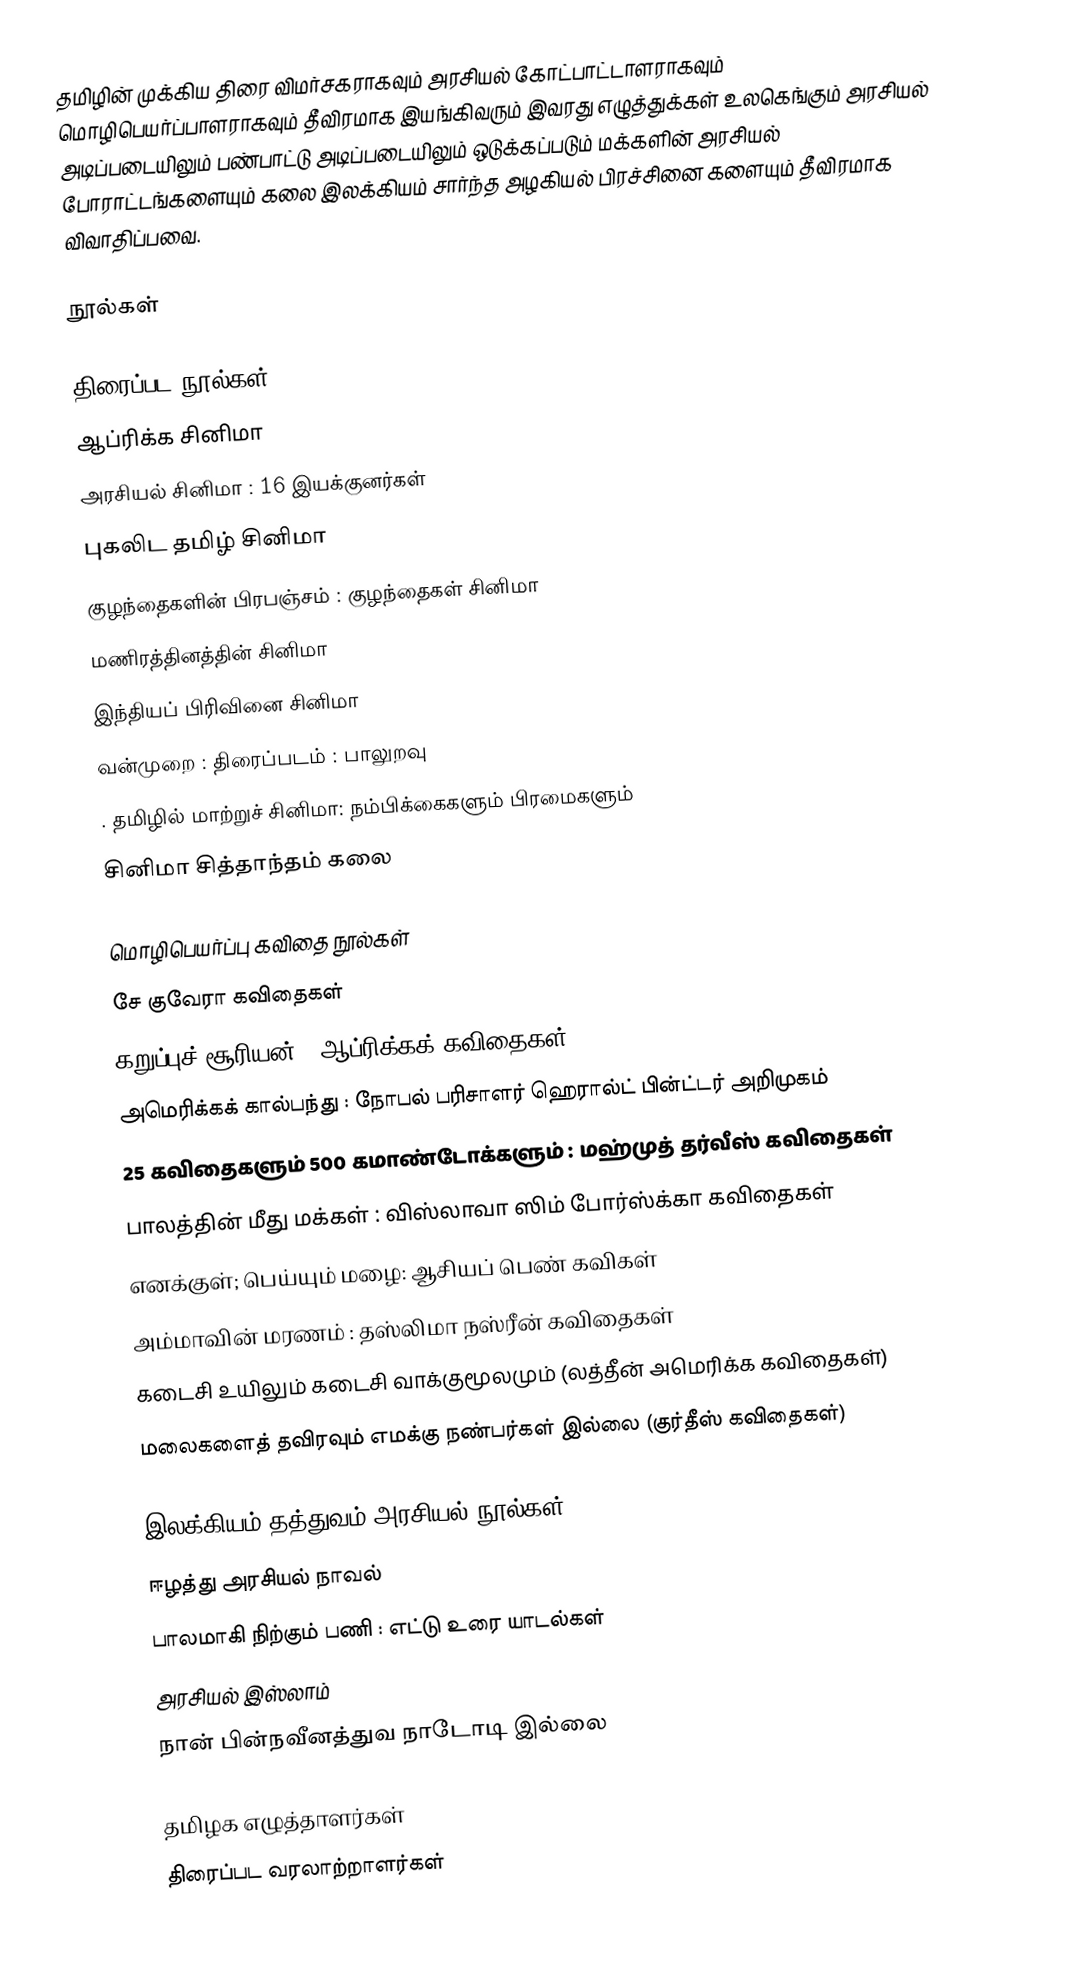
தமிழின் முக்கிய திரை விமர்சகராகவும் அரசியல் கோட்பாட்டாளராகவும் மொழிபெயர்ப்பாளராகவும் தீவிரமாக இயங்கிவரும் இவரது எழுத்துக்கள் உலகெங்கும் அரசியல் அடிப்படையிலும் பண்பாட்டு அடிப்படையிலும் ஒடுக்கப்படும் மக்களின் அரசியல் போராட்டங்களையும் கலை இலக்கியம் சார்ந்த அழகியல் பிரச்சினை களையும் தீவிரமாக விவாதிப்பவை.

நூல்கள்

திரைப்பட நூல்கள்
 ஆப்ரிக்க சினிமா
 அரசியல் சினிமா : 16 இயக்குனர்கள்
 புகலிட தமிழ் சினிமா
 குழந்தைகளின் பிரபஞ்சம் : குழந்தைகள் சினிமா
 மணிரத்தினத்தின் சினிமா
 இந்தியப் பிரிவினை சினிமா
 வன்முறை : திரைப்படம் : பாலுறவு
. தமிழில் மாற்றுச் சினிமா: நம்பிக்கைகளும் பிரமைகளும்
 சினிமா சித்தாந்தம் கலை

மொழிபெயர்ப்பு கவிதை நூல்கள்
 சே குவேரா கவிதைகள்
 கறுப்புச் சூரியன் : ஆப்ரிக்கக் கவிதைகள்
 அமெரிக்கக் கால்பந்து : நோபல் பரிசாளர் ஹெரால்ட் பின்ட்டர் அறிமுகம்
 25 கவிதைகளும் 500 கமாண்டோக்களும் : மஹ்முத் தர்வீஸ் கவிதைகள்
 பாலத்தின் மீது மக்கள் : விஸ்லாவா ஸிம் போர்ஸ்க்கா கவிதைகள்
 எனக்குள்; பெய்யும் மழை: ஆசியப் பெண் கவிகள்
 அம்மாவின் மரணம் : தஸ்லிமா நஸ்ரீன் கவிதைகள்
 கடைசி உயிலும் கடைசி வாக்குமூலமும் (லத்தீன் அமெரிக்க கவிதைகள்)
 மலைகளைத் தவிரவும் எமக்கு நண்பர்கள் இல்லை (குர்தீஸ் கவிதைகள்)

இலக்கியம்-தத்துவம்-அரசியல் நூல்கள்
 ஈழத்து அரசியல் நாவல்
 பாலமாகி நிற்கும் பணி : எட்டு உரை யாடல்கள்
 அரசியல் இஸ்லாம்
 நான் பின்நவீனத்துவ நாடோடி இல்லை

தமிழக எழுத்தாளர்கள்
திரைப்பட வரலாற்றாளர்கள்